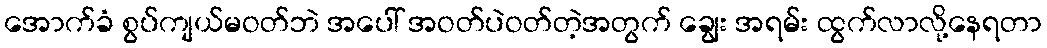
အောက်ခံ စွပ်ကျယ်မဝတ်ဘဲ အပေါ် အဝတ်ပဲဝတ်တဲ့အတွက် ချွေး အရမ်း ထွက်လာလို့နေရတာ